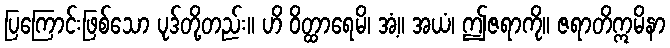
ပြကြောင်းဖြစ်သော ပုဒ်တို့တည်း။ ဟိ ဝိတ္ထာရေမိ၊ အံ့။ အယံ၊ ဤဇရာကို။ ဇရာတိဣမိနာ